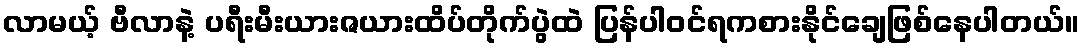
လာမယ့် ဗီလာနဲ့ ပရီးမီးယားဇယားထိပ်တိုက်ပွဲထဲ ပြန်ပါဝင်ရကစားနိုင်ချေဖြစ်နေပါတယ်။